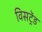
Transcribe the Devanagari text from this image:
विसट्रेंड